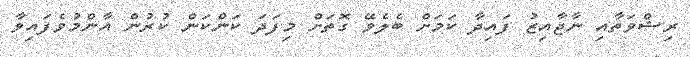
ރިޝްވަތާއި ނާޖާއިޒު ފައިދާ ކަމަށް ބެލެވޭ ގޮތަށް މިފަދަ ކަންކަން ކުރުން އާންމުވެފައިވާ